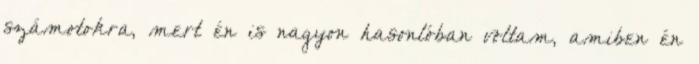
számotokra, mert én is nagyon hasonlóban voltam, amiben én